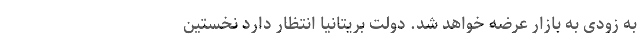
به زودی به بازار عرضه خواهد شد. دولت بریتانیا انتظار دارد نخستین